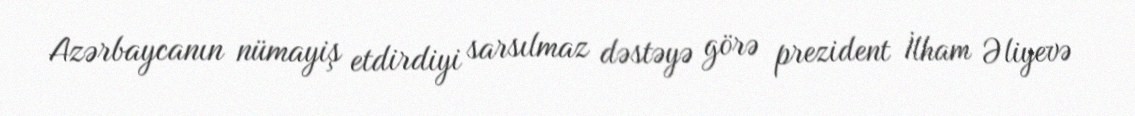
Azərbaycanın nümayiş etdirdiyi sarsılmaz dəstəyə görə prezident İlham Əliyevə